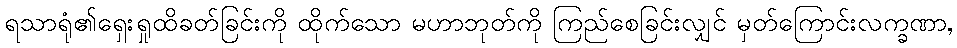
ရသာရုံ၏ရှေးရှုထိခတ်ခြင်းကို ထိုက်သော မဟာဘုတ်ကို ကြည်စေခြင်းလျှင် မှတ်ကြောင်းလက္ခဏာ,